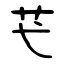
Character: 芅